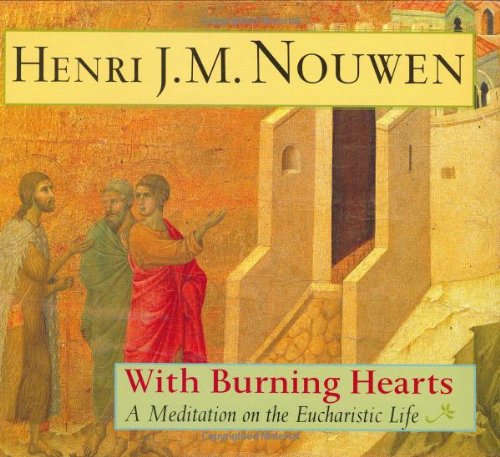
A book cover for With Burning Hearts: A Meditation on the Eucharistic Life; Henri J. M. Nouwen; Arts & Photography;